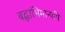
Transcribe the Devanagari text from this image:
बद्धाभिमान्यपि